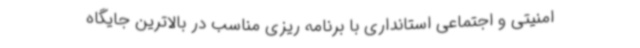
امنیتی و اجتماعی استانداری با برنامه ریزی مناسب در بالاترین جایگاه